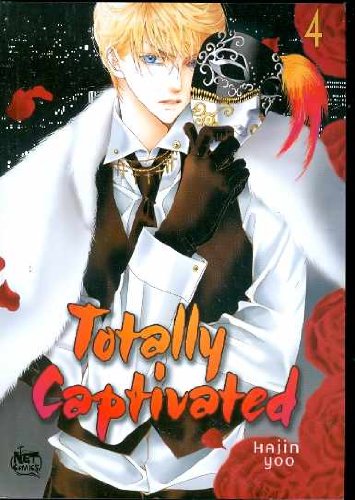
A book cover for Totally Captivated Volume 4 (v. 4); Hajin Yoo; Comics & Graphic Novels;